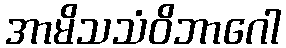
အာမိသသံဝိဘာဂေါ